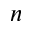
n